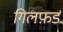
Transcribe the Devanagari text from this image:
गिलफ़र्ड